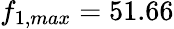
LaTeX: f_{1,max}=51.66